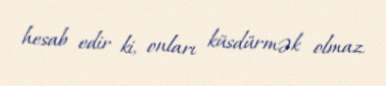
hesab edir ki, onları küsdürmək olmaz.